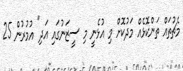
މެޗުތައް ތަންކޮޅެއް މަދުކޮށް މި އުޅެނީ މި ސީޒަނުގައި އަދި" އުމުރުން 25